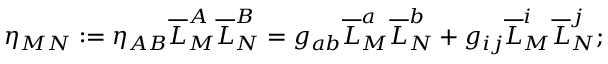
\eta _ { M N } : = \eta _ { A B } \overline { { { L } } } _ { M } ^ { A } \overline { { { L } } } _ { N } ^ { B } = g _ { a b } \overline { { { L } } } _ { M } ^ { a } \overline { { { L } } } _ { N } ^ { b } + g _ { i j } \overline { { { L } } } _ { M } ^ { i } \overline { { { L } } } _ { N } ^ { j } ;